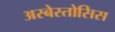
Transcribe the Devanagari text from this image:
अस्बेस्तोसिस